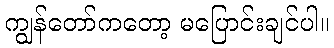
ကျွန်တော်ကတော့ မပြောင်းချင်ပါ။